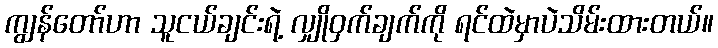
ကျွန်တော်ဟာ သူငယ်ချင်းရဲ့ လျှိုဝှက်ချက်ကို ရင်ထဲမှာပဲသိမ်းထားတယ်။